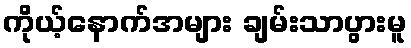
ကိုယ့်နောက်အများ ချမ်းသာပွားမူ